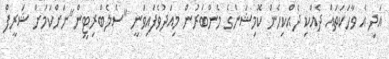
އަދި އެ ވާހަކަތައް ދެއްކި ދެއްކިހެން ކޮމިޝަންގެ މެންބަރުން މިއަދުވެފައިވަނީ "ސެލެބްރިޓީން"ނަށްކަމަށް ޝަރީފް